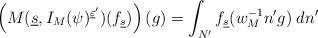
LaTeX: \begin{align*}\left(M(\underline s, I_M(\psi)^{\underline\varepsilon'})(f_{\underline s})\right)(g)=\int_{N'} f_{\underline s}(w_M^{-1}n'g)\; dn' \end{align*}